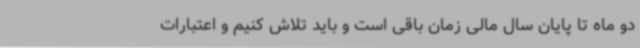
دو ماه تا پایان سال مالی زمان باقی است و باید تلاش کنیم و اعتبارات